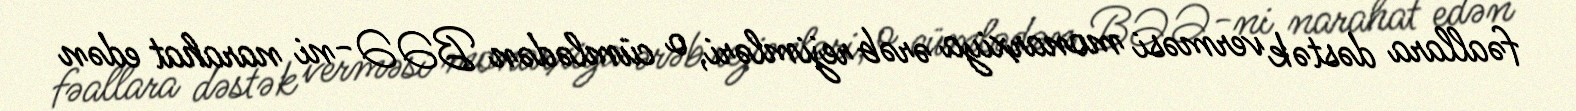
fəallara dəstək verməsi monarxiya ərəb rejimləri, o cümlədən BƏƏ-ni narahat edən